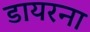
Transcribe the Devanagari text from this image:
डायरना